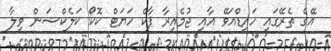
އޭގެ ތެރޭގައި ހައިޑްއަވޭ އާއި ޖުމެއިރާ ޕާކް ހަޔަޓް ކޮކޯ ކަލެކްޝަން ވިލާ